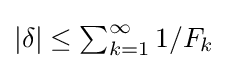
{\textstyle |\delta |\leq \sum _{k=1}^{\infty }1/F_{k}}